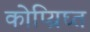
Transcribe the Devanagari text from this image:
कोप्य्रिघ्त